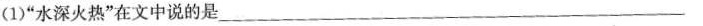
(1)”水深火热”在文中说的是___